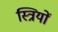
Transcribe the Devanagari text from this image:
स्‍त्रियों